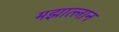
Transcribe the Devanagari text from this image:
मझात्लान